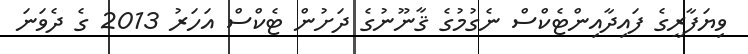
ވިޔަފާރީގެ ފައިދާއިންޓެކްސް ނެގުމުގެ ޤާނޫނުގެ ދަށުން ޓެކްސް އަހަރު 2013 ގެ ދެވަނަ